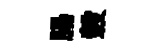
腸轂